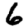
Digit: 6